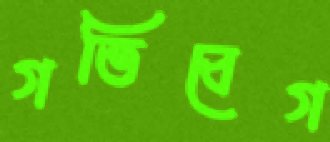
গতিবেগ